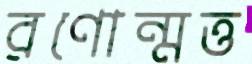
রণোন্মত্ত